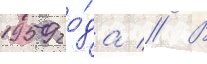
1959 го́да // В